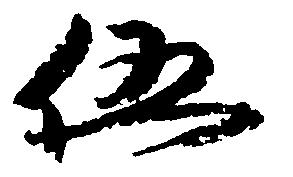
伍